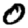
Digit: 0